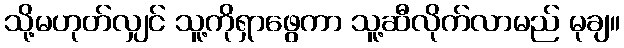
သို့မဟုတ်လျှင် သူ့ကိုရှာဖွေကာ သူ့ဆီလိုက်လာမည် မုချ။